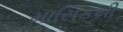
માસિકથી